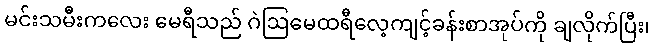
မင်းသမီးကလေး မေရီသည် ဂဲဩမေထရီလေ့ကျင့်ခန်းစာအုပ်ကို ချလိုက်ပြီး၊